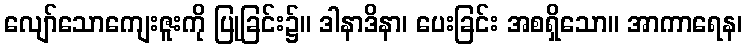
လျော်သောကျေးဇူးကို ပြုခြင်း၌။ ဒါနာဒိနာ၊ ပေးခြင်း အစရှိသော။ အာကာရေန၊